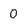
Character: 0